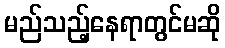
မည်သည့်နေရာတွင်မဆို